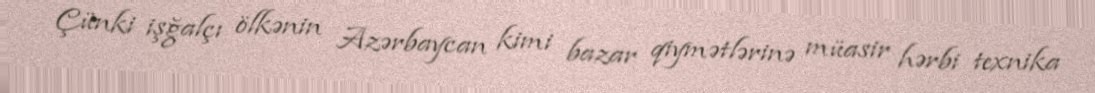
Çünki işğalçı ölkənin Azərbaycan kimi bazar qiymətlərinə müasir hərbi texnika